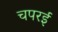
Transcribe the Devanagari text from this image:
चपरई